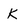
Character: K